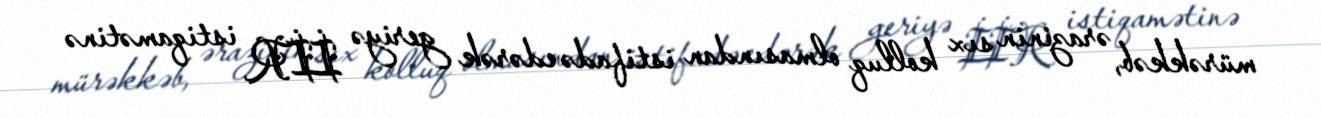
mürəkkəb, ərazinin sıx kolluq olmasından istifadə edərək geriyə İİR istiqamətinə